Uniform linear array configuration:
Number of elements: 64
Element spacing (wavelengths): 1
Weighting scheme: binomial
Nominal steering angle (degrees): -60
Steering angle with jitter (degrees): -61.615
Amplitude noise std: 0.05
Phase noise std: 0.05

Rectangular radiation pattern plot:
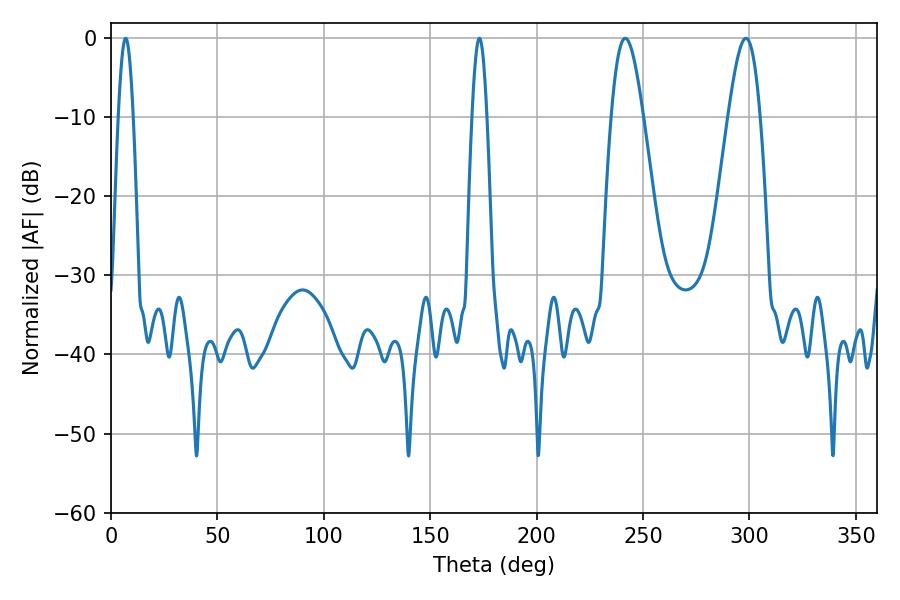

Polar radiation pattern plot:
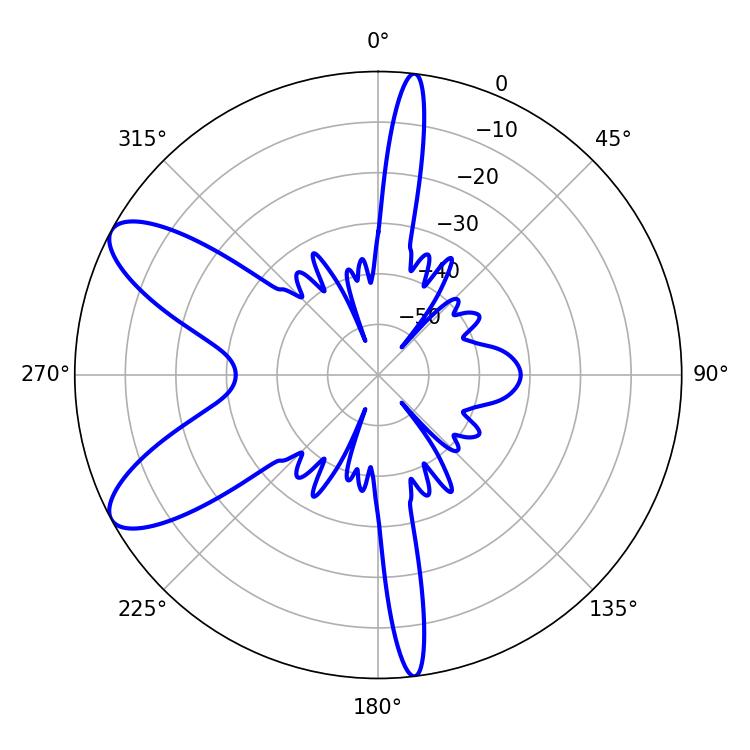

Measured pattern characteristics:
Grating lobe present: TRUE
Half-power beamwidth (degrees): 7.92
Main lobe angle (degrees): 241.56